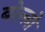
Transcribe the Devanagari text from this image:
बोल्लो